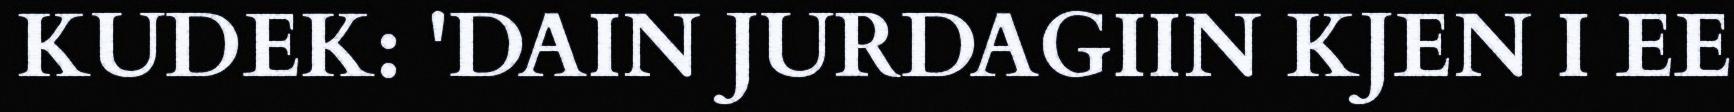
KUDEK: 'DAIN JURDAGIIN KJEN I EE